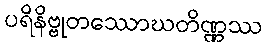
ပရိနိဗ္ဗုတဿောဃတိဏ္ဏဿ